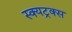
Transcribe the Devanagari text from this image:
स्क्यट्रक्स